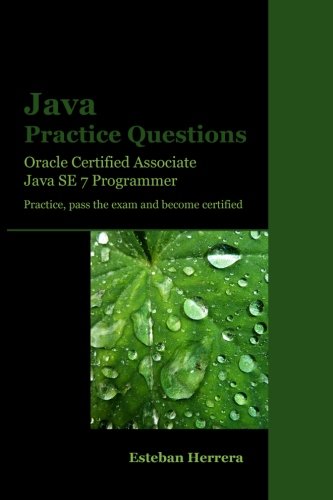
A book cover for Java Practice Questions: Oracle Certified Associate, Java SE 7 Programmer (OCAJ); Esteban Herrera; Computers & Technology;